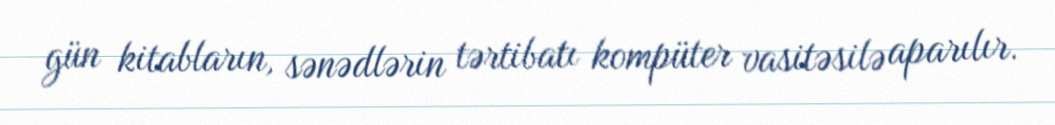
gün kitabların, sənədlərin tərtibatı kompüter vasitəsilə aparılır.